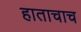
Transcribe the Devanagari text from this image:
हाताचाच